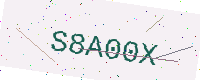
Text: S8A00X